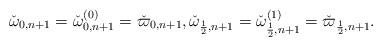
LaTeX: \begin{align*} \check \omega_{0,n+1}=\check \omega_{0,n+1}^{(0)}= \check \varpi_{0,n+1},\check \omega_{\frac12,n+1}=\check \omega_{\frac12,n+1}^{(1)}= \check \varpi_{\frac12,n+1}. \end{align*}